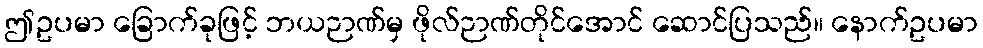
ဤဥပမာ ခြောက်ခုဖြင့် ဘယဉာဏ်မှ ဖိုလ်ဉာဏ်တိုင်အောင် ဆောင်ပြသည်။ နောက်ဥပမာ